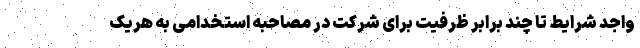
واجد شرایط تا چند برابر ظرفیت برای شرکت در مصاحبه استخدامی به هریک